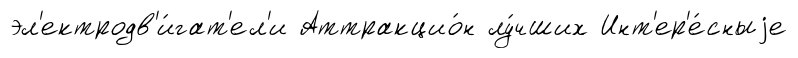
эл'ектродв'и́гат'ел'и Аттракцио́н лу́чших Инт'ер'е́сныjе